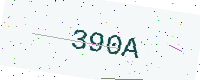
Text: 390A